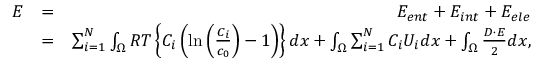
\begin{array} { r l r } { E } & { = } & { E _ { e n t } + E _ { i n t } + E _ { e l e } } \\ & { = } & { \sum _ { i = 1 } ^ { N } \int _ { \Omega } R T \left\{ C _ { i } \left( \ln { \left( \frac { C _ { i } } { c _ { 0 } } \right) } - 1 \right) \right\} d x + \int _ { \Omega } \sum _ { i = 1 } ^ { N } C _ { i } U _ { i } d x + \int _ { \Omega } \frac { \boldsymbol { D } \cdot \boldsymbol { E } } { 2 } d x , } \end{array}